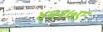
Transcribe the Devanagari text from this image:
४२१७ए